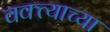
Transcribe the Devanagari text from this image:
वक्त्याच्या